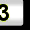
Digit: 3